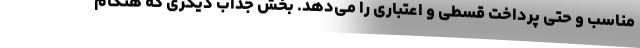
مناسب و حتی پرداخت قسطی و اعتباری را می‌دهد. بخش جذاب دیگری که هنگام